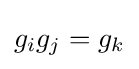
g_{i}g_{j}=g_{k}